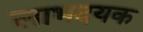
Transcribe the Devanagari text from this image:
लाभदयक